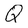
Character: Q